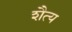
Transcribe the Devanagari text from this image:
शैत्य